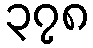
၃၇၈